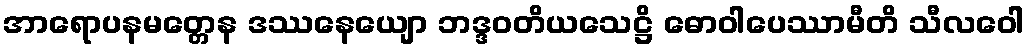
အာရောပနမတ္တေန ဒဿနေယျော ဘဒ္ဒဝတိယသေဋ္ဌိ ဓောဝါပေဿာမီတိ သီလဝေါ